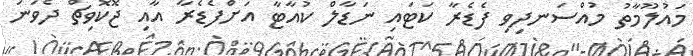
މައުލޫމާތު މުއްސަނދިވި ފެޑެރާ ކަޓައި ނަޑާލް ކުއާޓާ އަށްފެޑެރާ އާއި ޖޮކޮވިޗް ދެވަނަ